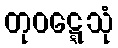
တုဝဋ္ဋေသုံ